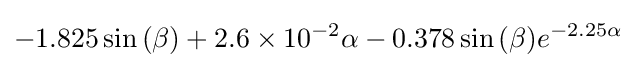
-1.825\sin {\left(\beta \right)}+2.6\times 10^{-2}\alpha -0.378\sin {\left(\beta \right)}e^{-2.25\alpha }